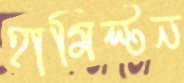
হামিল্টন